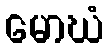
မောဃံ